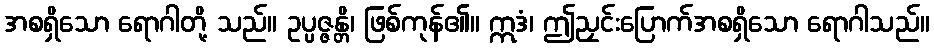
အစရှိသော ရောဂါတို့ သည်။ ဥပ္ပဇ္ဇန္တိ၊ ဖြစ်ကုန်၏။ ဣဒံ၊ ဤညှင်းပြောက်အစရှိသော ရောဂါသည်။